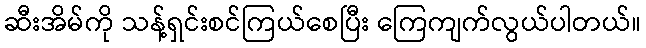
ဆီးအိမ်ကို သန့်ရှင်းစင်ကြယ်စေပြီး ကြေကျက်လွယ်ပါတယ်။